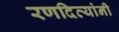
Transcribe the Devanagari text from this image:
रणदिव्यांनी